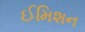
ઈમિશન